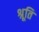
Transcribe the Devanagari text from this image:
श्रूति